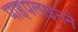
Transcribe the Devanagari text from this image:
पाइपलाइनने